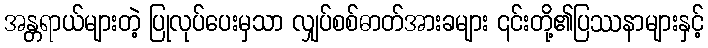
အန္တရာယ်များတဲ့ ပြုလုပ်ပေးမှသာ လျှပ်စစ်ဓာတ်အားခများ ၎င်းတို့၏ပြဿနာများနှင့်